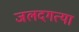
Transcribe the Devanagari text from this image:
जलदगत्या